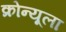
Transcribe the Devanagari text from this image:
क्रोन्यूला